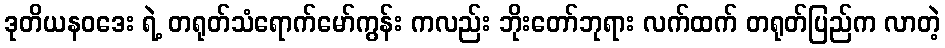
ဒုတိယနဝဒေး ရဲ့ တရုတ်သံရောက်မော်ကွန်း ကလည်း ဘိုးတော်ဘုရား လက်ထက် တရုတ်ပြည်က လာတဲ့